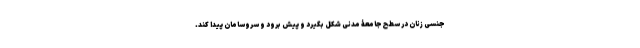
جنسی زنان در سطح جامعۀ مدنی شکل بگیرد و پیش برود و سروسامان پیدا کند.